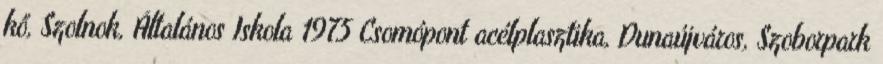
kő, Szolnok, Általános Iskola 1975 Csomópont acélplasztika, Dunaújváros, Szoborpark